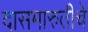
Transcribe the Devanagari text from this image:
दासमारुतीचे